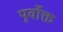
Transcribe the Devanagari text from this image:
पूर्वाेक्त